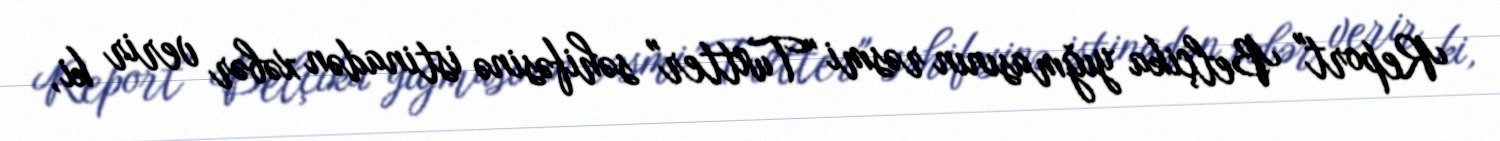
Report" Belçika yığmasının rəsmi "Twitter" səhifəsinə istinadən xəbər verir ki,